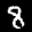
Label: 8